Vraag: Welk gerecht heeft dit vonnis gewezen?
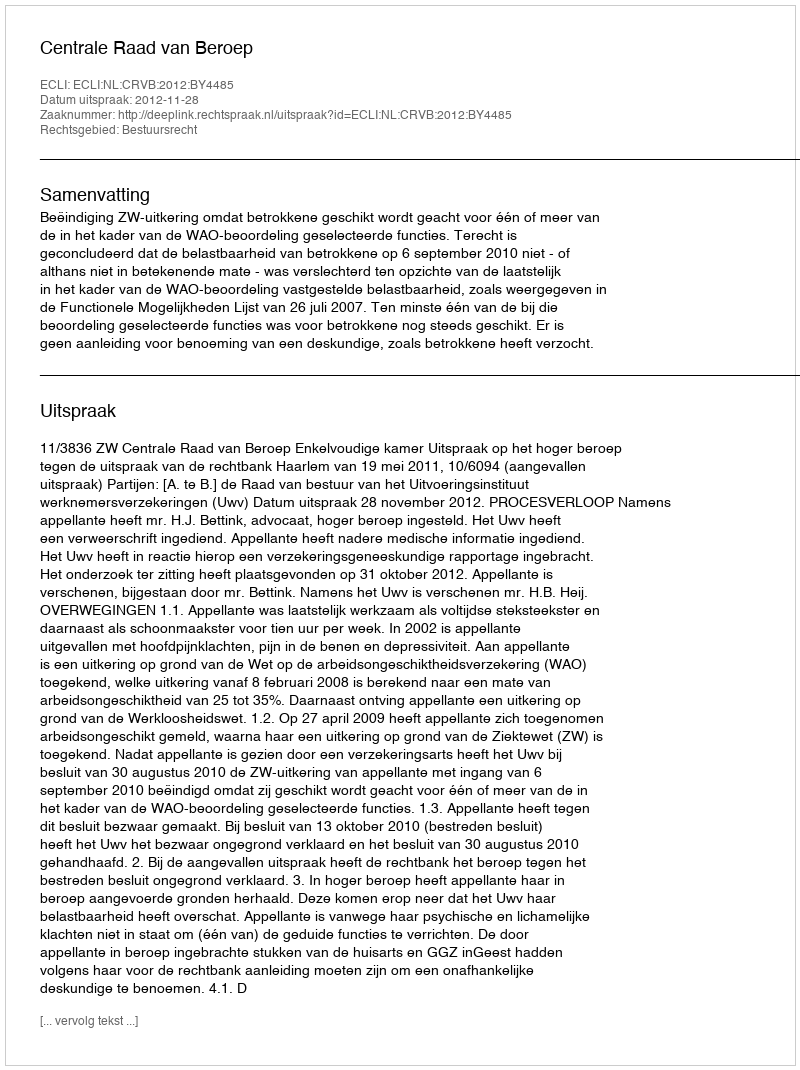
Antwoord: Centrale Raad van Beroep